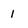
Character: 1